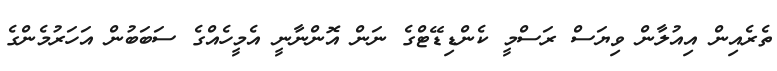
ތެރެއިން އިއުލާން ވިޔަސް ރަސްމީ ކެންޑިޑޭޓްގެ ނަން އޮންނާނީ އެމީހެއްގެ ސަބަބުން އަހަރުމެންގެ